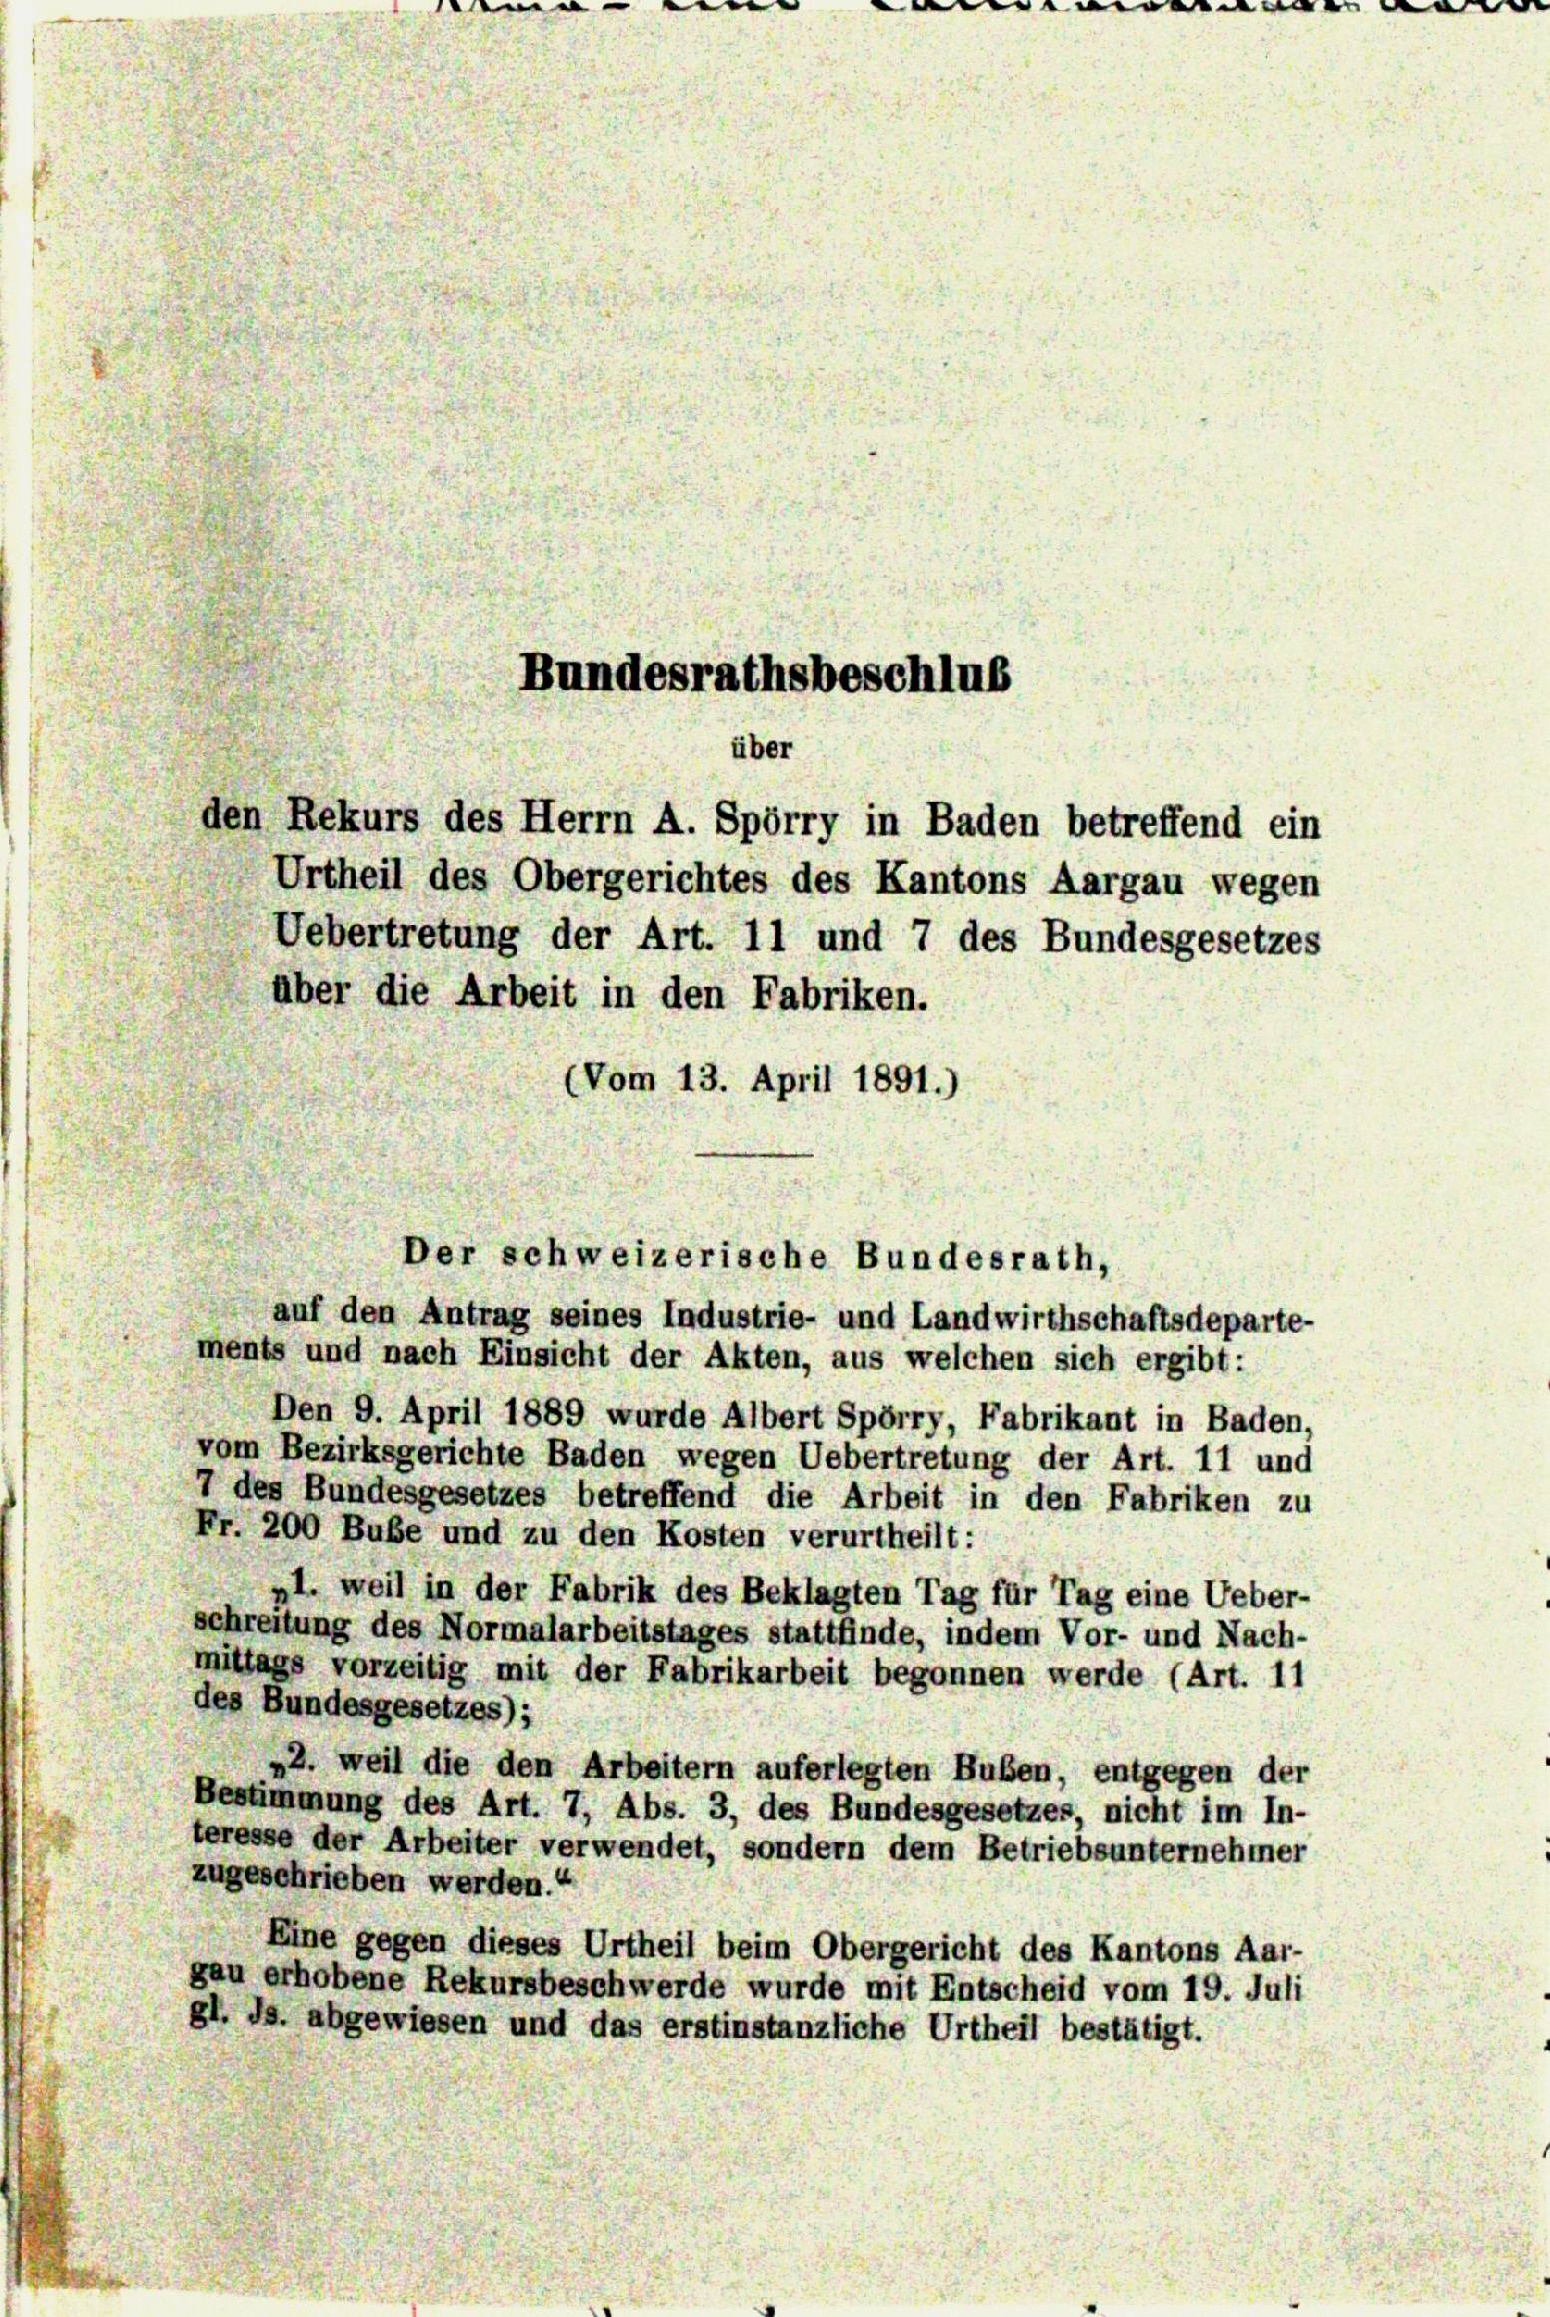
Urtheil des Obergerichtes des Kantons Aargau wegen
Uebertretung der Art. 11 und 7 des Bundesgesetzes
über die Arbeit in den Fabriken.
(Vom 13. April 1891.)
Der schweizerische Bundesrath,
auf den Antrag seines Industrie- und Landwirthschaftsdeparte-
ments und nach Einsicht der Akten, aus welchen sich ergibt:
Den 9. April 1889 wurde Albert Spörry, Fabrikant in Baden.
vom Bezirksgerichte Baden wegen Uebertretung der Art. 11 un
7 des Bundesgesetzes betreffend die Arbeit in den Fabriken z
Fr. 200 Bube und zu den Kosten verurtheilt:
pl. weil in der Fabrik des Beklagten Tag für Tag eine Uebe
schreitung des Normalarbeitstages stattfinde, indem Vor- und Nach-
mittags vorzeitig mit der Fabrikarbeit begonnen werde (Art. 1
des Bundesgesetzes);
2. weil die den Arbeitern auferlegten Bußen, entgegen der
Bestimmung des Art. 7, Abs. 3, des Bundesgesetzes nicht im In-
teresse der Arbeiter verwendet, sondern dem Betriebsunternehme
zugeschrieben werden.“
Eine gegen dieses Urtheil beim Obergericht des Kantons Aar-
gau erhobene Rekursbeschwerde wurde mit Entscheid vom 19. Juli
gl. Js. abgewiesen und das erstinstanzliche Urtheil bestätigt.

Bundesrathsbeschluß
über

den Rekurs des Herrn A. Spörry in Baden betreffend ein

r.
1
3